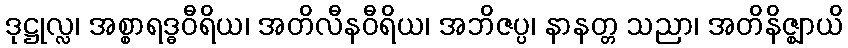
ဒုဋ္ဌုလ္လ၊ အစ္စာရဒ္ဓဝီရိယ၊ အတိလီနဝီရိယ၊ အဘိဇပ္ပ၊ နာနတ္တ သညာ၊ အတိနိဇ္ဈာယိ